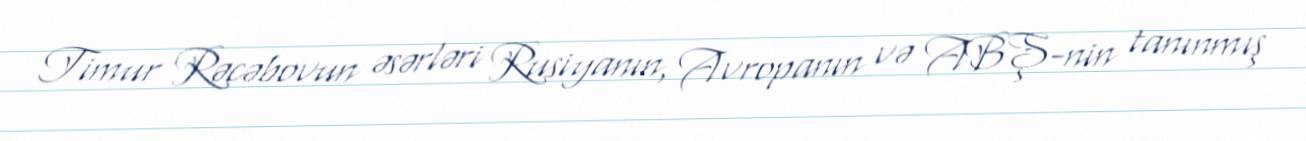
Timur Rəcəbovun əsərləri Rusiyanın, Avropanın və ABŞ-nin tanınmış